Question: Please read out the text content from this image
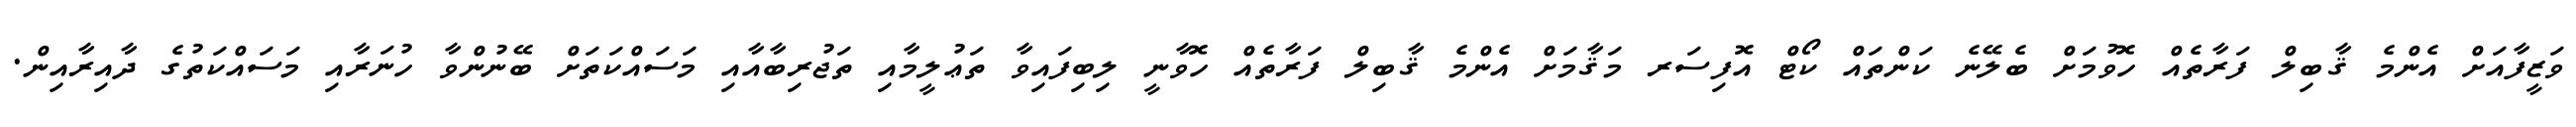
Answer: ވަޒީފާއަށް އެންމެ ޤާބިލް ފަރާތެއް ހޮވުމަށް ބެލޭނެ ކަންތައް ކޯޓް އޮފިސަރ މަޤާމަށް އެންމެ ޤާބިލް ފަރާތެއް ހޮވާނީ ލިބިފައިވާ ތަޢުލީމާއި ތަޖުރިބާއާއި މަސައްކަތަށް ބޭނުންވާ ހުނަރާއި މަސައްކަތުގެ ދާއިރާއިން.